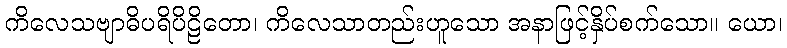
ကိလေသဗျာဓိပရိပိဠိတော၊ ကိလေသာတည်းဟူသော အနာဖြင့်နှိပ်စက်သော။ ယော၊